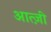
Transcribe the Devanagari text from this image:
आत्ज़ी